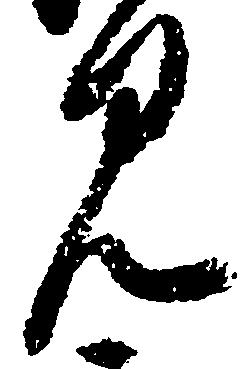
見